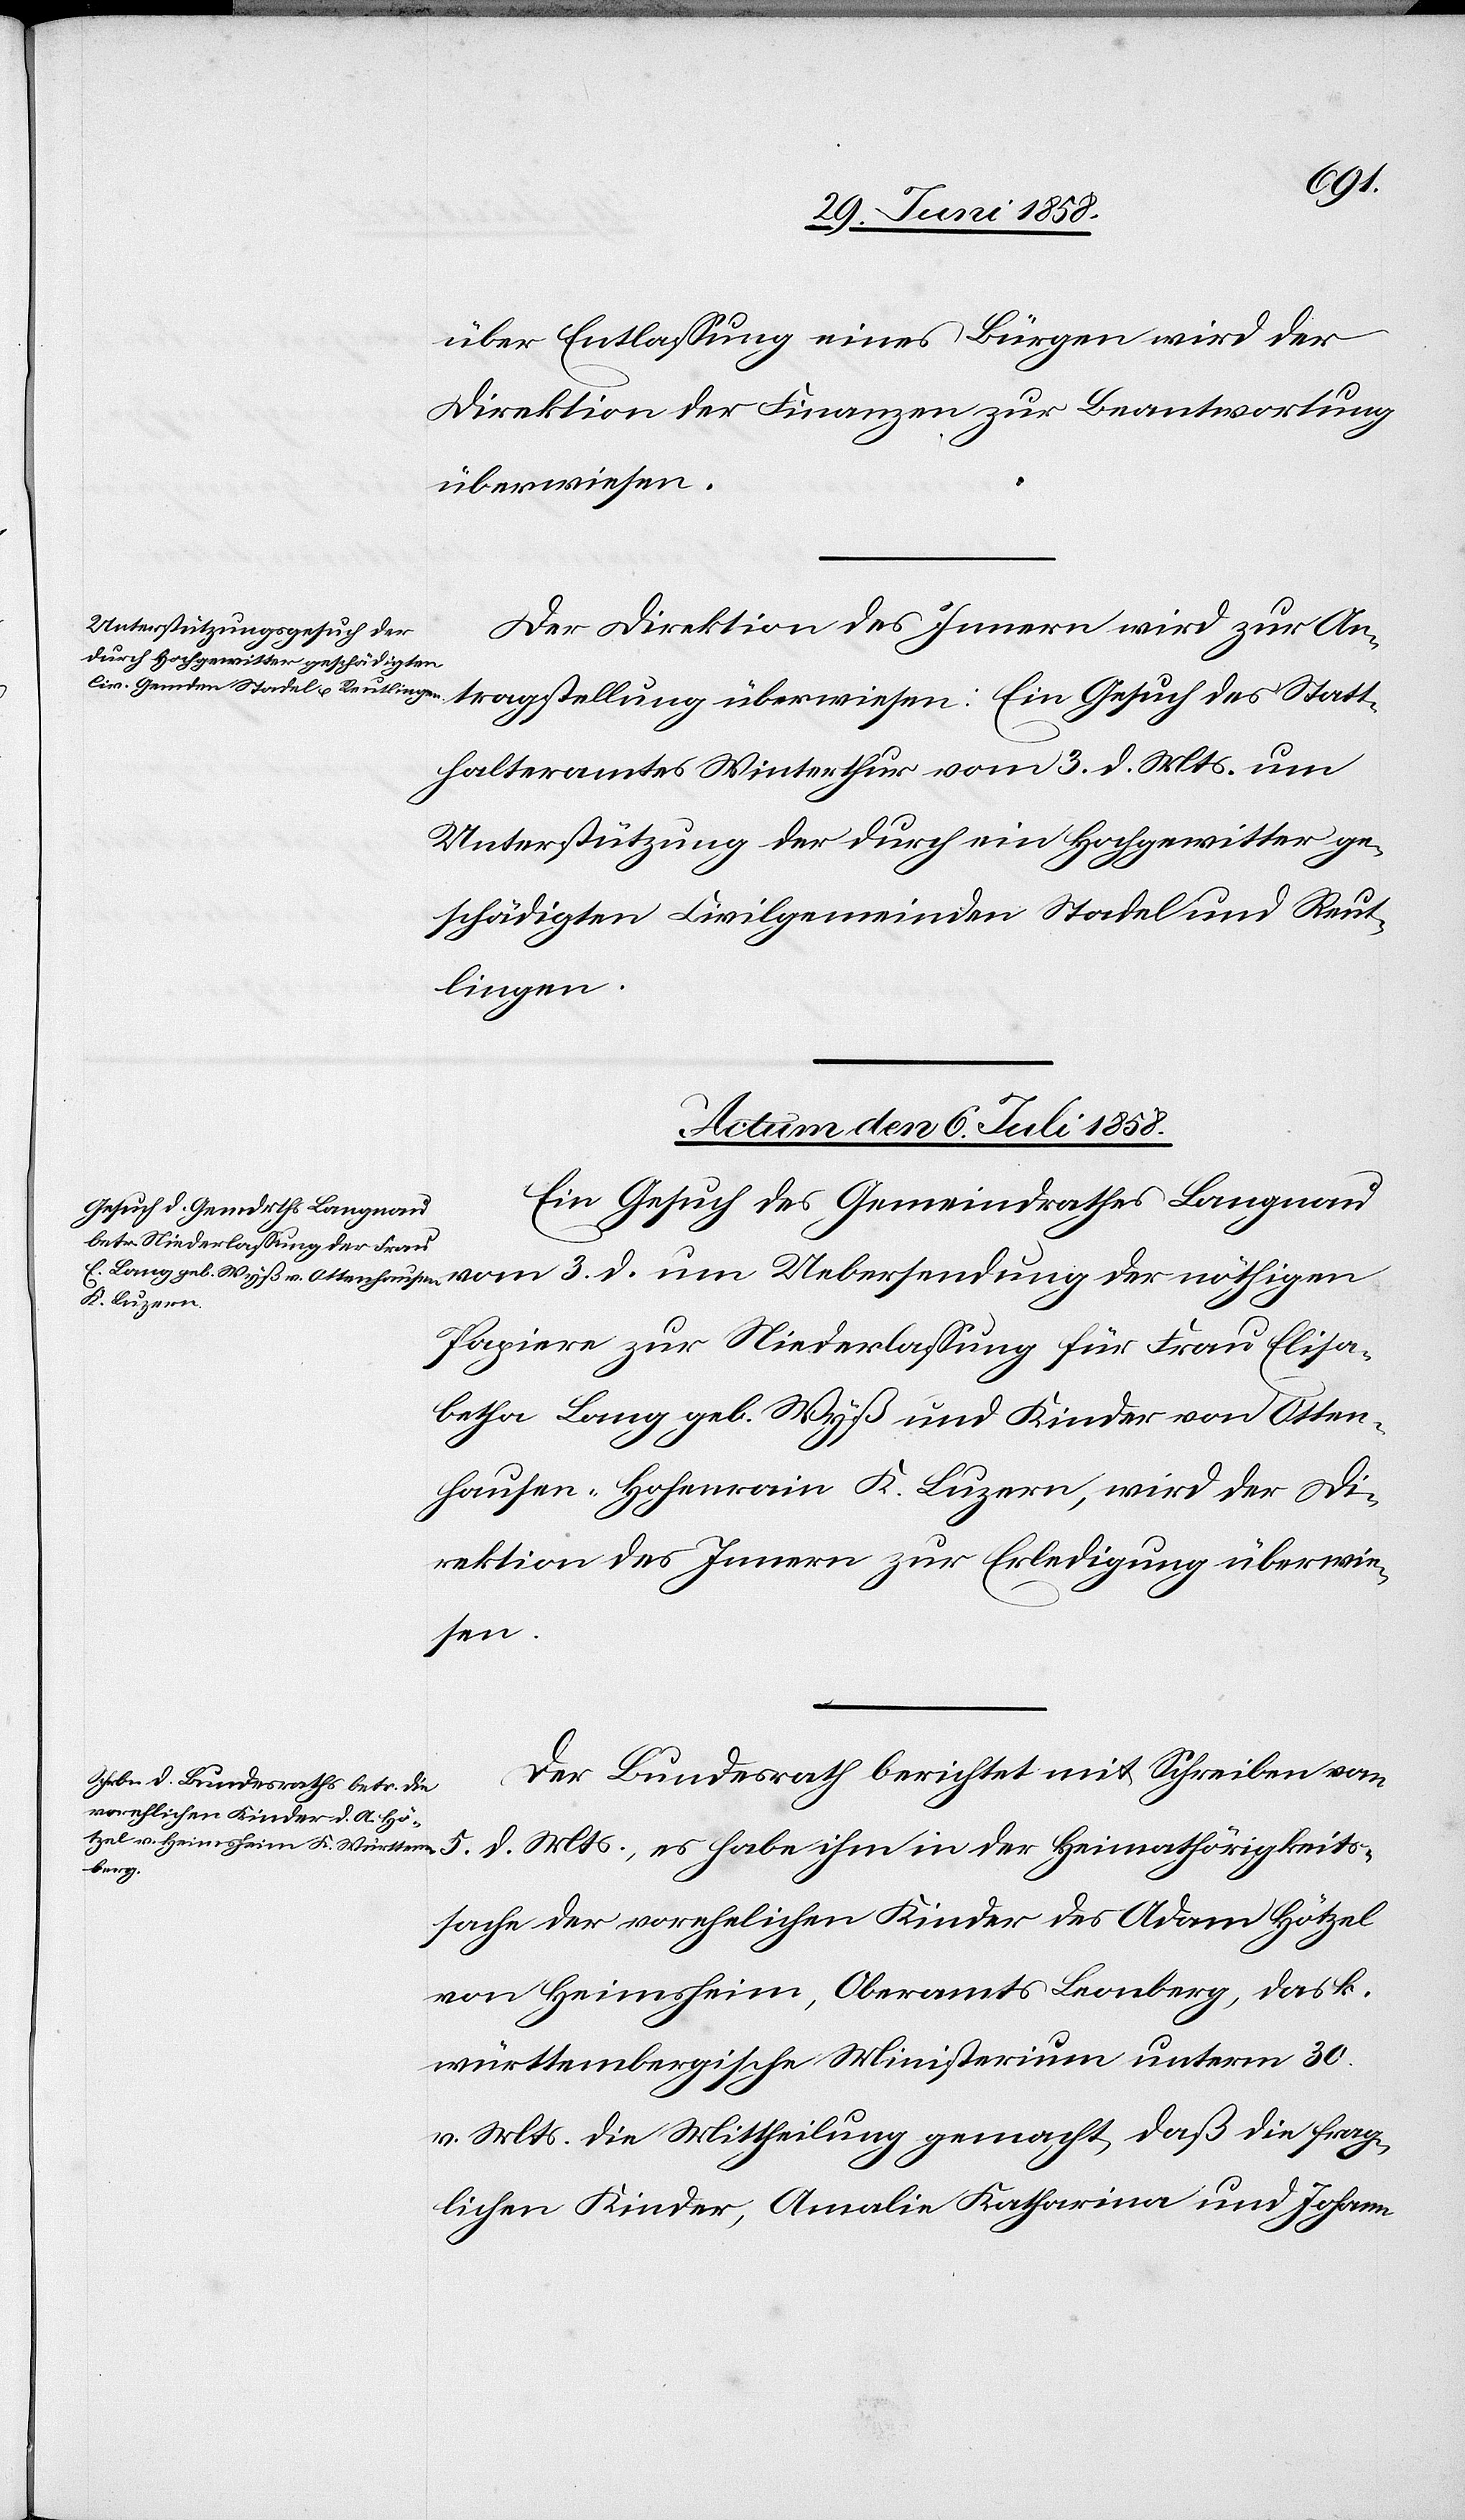
über Entlassung eines Bürgen wird der
Direktion der Finanzen zur Beantwortung
überwiesen:
Der Direktion des Innern wird zur An¬
thalteramtes Winterthur vom 3. d. Mts. um
Unterstützung der durch ein Hochgewitter ge¬
schädigten Civilgemeinden Stadel und Reut¬
lingen.
Actum den 6. Juli 1858.]
Ein Gesuch des Gemeindrathes Langnau
nöthigen
Papiere zur Niederlassung für Frau Elisa¬
betha Lang geb. Wyß und Kinder von Otten¬
hausen-Hohenrain K. Luzern, wird der Di¬
rektion des Innern zur Erledigung überwie¬
sen.
Der Bundesrath berichtet mit Schreiben vom
5. d. Mts., es habe ihm in der Heimathörigkeits¬
lung
sache der vorehelichen Kinder des Adam Hötzel
von Heimsheim, Oberamts Leonberg, das k.
württembergische Ministerium unterm 30.
v. Mts. die Mittheilung gemacht, daß die frag¬
lichen Kinder, Amalie Katharina und Johann